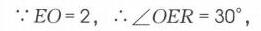
\(\because EO = 2,\ \therefore \angle OER = 30^{\circ},\)